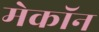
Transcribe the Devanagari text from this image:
मेकॉन